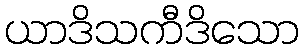
ယာဒိသကီဒိသော